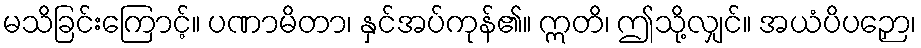
မသိခြင်းကြောင့်။ ပဏာမိတာ၊ နှင်အပ်ကုန်၏။ ဣတိ၊ ဤသို့လျှင်။ အယံပိပဉှော၊